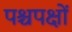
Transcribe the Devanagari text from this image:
पश्चपक्षों